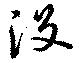
没